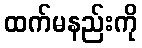
ထက်မနည်းကို